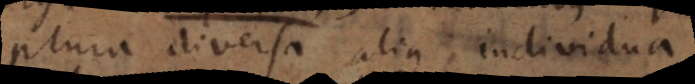
plura diversa alia individua